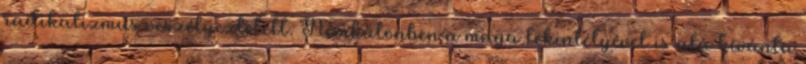
radikalizmus veszélyeztetett. Nemkülönben a maga tekintélyével is alá kívánta